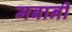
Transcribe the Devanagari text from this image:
मबानी